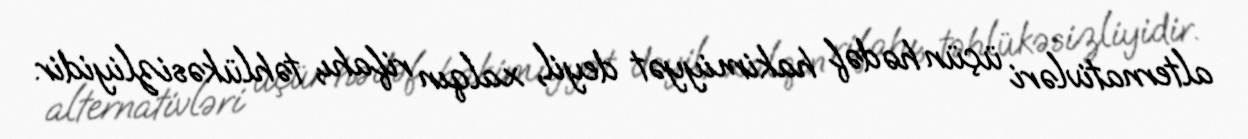
alternativləri üçün hədəf hakimiyyət deyil, xalqın rifahı, təhlükəsizliyidir.